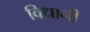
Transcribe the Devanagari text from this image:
विधानी